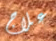
علاج